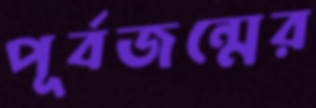
পূর্বজন্মের